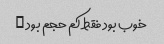
خوب بود فقط کم حجم بود …